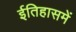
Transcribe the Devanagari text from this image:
ईतिहासमें